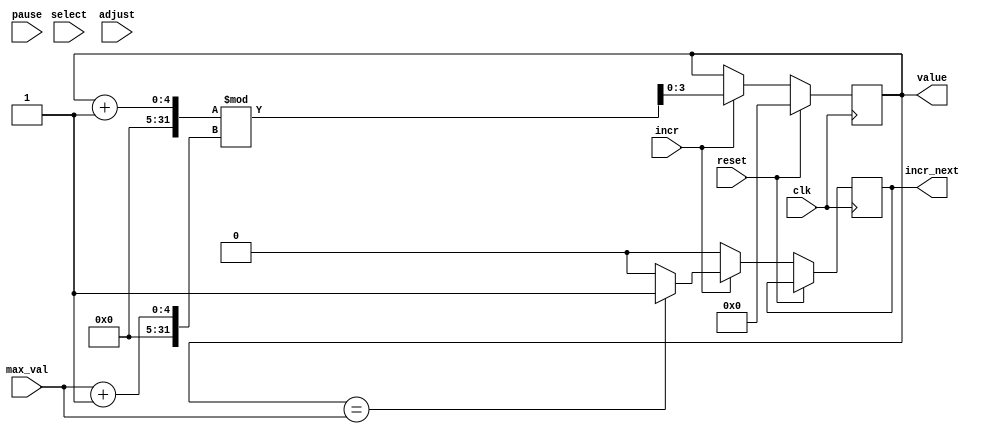

//TODO: 
//debug counter(s)
//debug select_digit

module count_digit(
	input clk,
	input incr,
	input [3:0] max_val,
	input select,
	input reset,
	input pause,
	input adjust,
	output reg [3:0] value,
	output reg incr_next);

	initial begin 
		value = 0;
		incr_next = 0;
	end
	
	always@(posedge clk)
	begin
		if (reset)
			value <= 0;
		else if (incr) begin
			if (value == max_val)
				incr_next <= 1;
			else
				incr_next <= 0;
			value <= (value + 1) % (max_val + 1);
		end
		else
			incr_next <= 0;
	end		

endmodule





module counter(
	clk, clk_1hz, clk_2hz, clk_fst, clk_4hz,
	pause_d, rst_d, select, adj, disNum, select_digit, 
	counter_sec);
  
   input clk;
   input clk_1hz;
   input clk_2hz;
   input clk_fst;
   input clk_4hz;
   input pause_d;
   input rst_d;
   input select;
   input adj;
   

   output reg [3:0] select_digit;
   output reg [6:0] disNum;
   
   wire [3:0] 	counterm10;
   wire [3:0] 	counterm1;
   wire [3:0] 	counters10;
   wire [3:0] 	counters1;
   
   wire s1_incr;
   wire s10_incr;
   wire m1_incr;
   wire m1_interm;
   wire m10_incr;
   wire m10_of;
   
   
   output reg [5:0]   counter_sec;
   reg [5:0]   counter_min;

   reg          freeze;
   reg [1:0]	digit;
   
   function [6:0] numToLED;
      input [3:0] num;
      begin
	 case(num)
	   4'd0: numToLED = 7'h3F; //7'b1111110;
	   4'd1: numToLED = 7'h06; //7'b0110000;
	   4'd2: numToLED = 7'h5B; //7'b1101101;
	   4'd3: numToLED = 7'h4F; //7'b1111001;
	   4'd4: numToLED = 7'h66; //7'b0110011;
	   4'd5: numToLED = 7'h6D; //7'b1011011;
	   4'd6: numToLED = 7'h7D; //7'b1011111;
	   4'd7: numToLED = 7'h07; //7'b1110000;
	   4'd8: numToLED = 7'h7F; //7'b1111111;
	   4'd9: numToLED = 7'h6F; //7'b1111011;
	 endcase // case (num)
      end
   endfunction // numToLED
  
  initial begin
	freeze = 0;
	digit = 2'b00;
	counter_sec = 0;
	counter_min = 0;

	select_digit = 4'b1110;
  end

	assign s1_incr = (adj & select)? clk_2hz : clk_1hz & ~freeze;

	count_digit s1(
		.clk(clk),
		.incr(s1_incr),
		.max_val(4'b1001),
		.select(select),
		.reset(rst_d),
		.pause(pause_d),
		.adjust(adj),
		.value(counters1),
		.incr_next(s10_incr)
	);
	
	count_digit s10(
		.clk(clk),
		.incr(s10_incr),
		.max_val(4'b0101),
		.select(select),
		.reset(rst_d),
		.pause(pause_d),
		.adjust(adj),
		.value(counters10),
		.incr_next(m1_incr)
	);
	
	assign m1_interm = (adj & ~select)? clk_2hz : m1_incr;
	
	count_digit m1(
		.clk(clk),
		.incr(m1_interm),
		.max_val(4'b1001),
		.select(select),
		.reset(rst_d),
		.pause(pause_d),
		.adjust(adj),
		.value(counterm1),
		.incr_next(m10_incr)
	);
	
	count_digit m10(
		.clk(clk),
		.incr(m10_incr),
		.max_val(4'b0101),
		.select(select),
		.reset(rst_d),
		.pause(pause_d),
		.adjust(adj),
		.value(counterm10),
		.incr_next(m10_of)
	);
	
	always@(posedge clk)
	begin
		if (adj || 
			pause_d || 
			(counterm10 == 5 && counterm1 == 9 && counters10 == 5 && counters1 == 9))
			freeze <= 1;
		else if (rst_d)
			freeze <= 0;
		else if (~pause_d)
			freeze <= 0;
	end

	always@(posedge clk_fst) // update the display number
	begin
		case(select_digit)
		4'b0111:
		begin
			if (adj && select && clk_4hz)
				disNum <= 7'b1111111;
			else
				disNum <= ~numToLED(counters1); //~numToLED(counters1);
			select_digit <= 4'b1110;
		end
		4'b1110:
		begin
			if (adj && select && clk_4hz)
				disNum <= 7'b1111111;
			else
				disNum <= ~numToLED(counters10); //~numToLED(counters10);
			select_digit <= 4'b1101;
		end
		4'b1101:
		begin
			if (adj && ~select && clk_4hz)
				disNum <= 7'b1111111;
			else
				disNum <= ~numToLED(counterm1); //~numToLED(counterm1);
			select_digit <= 4'b1011;
		end
		4'b1011:
		begin
			if (adj && ~select && clk_4hz)
				disNum <= 7'b1111111;
			else
				disNum <= ~numToLED(counterm10); //~numToLED(counterm10);
			select_digit <= 4'b0111;
		end
		endcase
		
	end
endmodule // counter